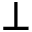
\perp